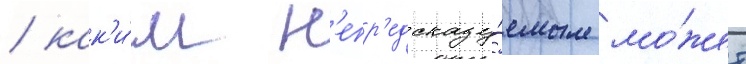
/ как'и́м н'епр'едсказу́емым мо́жет